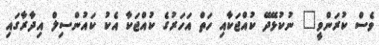
ވެސް ކުރަންވީ" ނުކުޅޭދޭ ކުއްޖަކާއި ހަތް އަހަރުގެ ކުއްޖަކާ އެކު ކައުންސިލް އިދާރާގައި